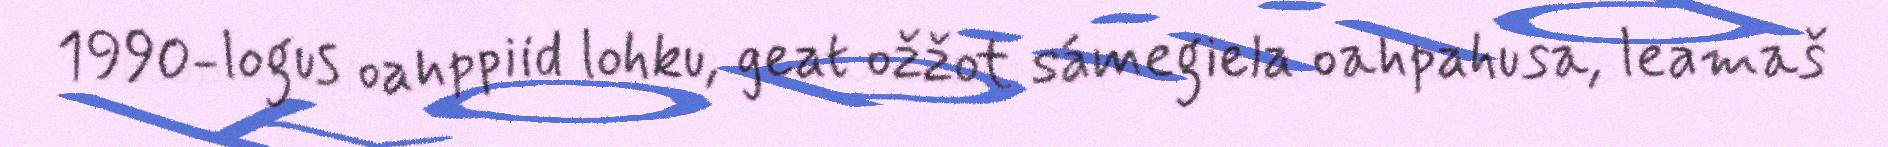
1990-logus oahppiid lohku, geat ožžot sámegiela oahpahusa, leamaš